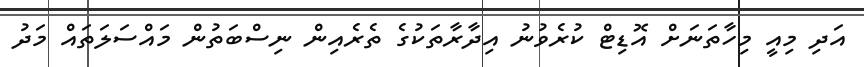
އަދި މިއީ މިހާތަނަށް އޮޑިޓް ކުރެވުނު އިދާރާތަކުގެ ތެރެއިން ނިސްބަތުން މައްސަލަތައް މަދު